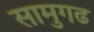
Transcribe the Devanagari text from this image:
सामुगढ